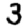
Digit: 3